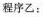
程序乙：